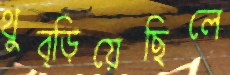
থুব্‌ড়িয়েছিলে